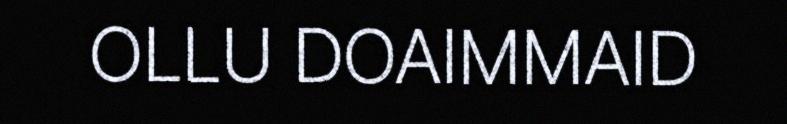
OLLU DOAIMMAID